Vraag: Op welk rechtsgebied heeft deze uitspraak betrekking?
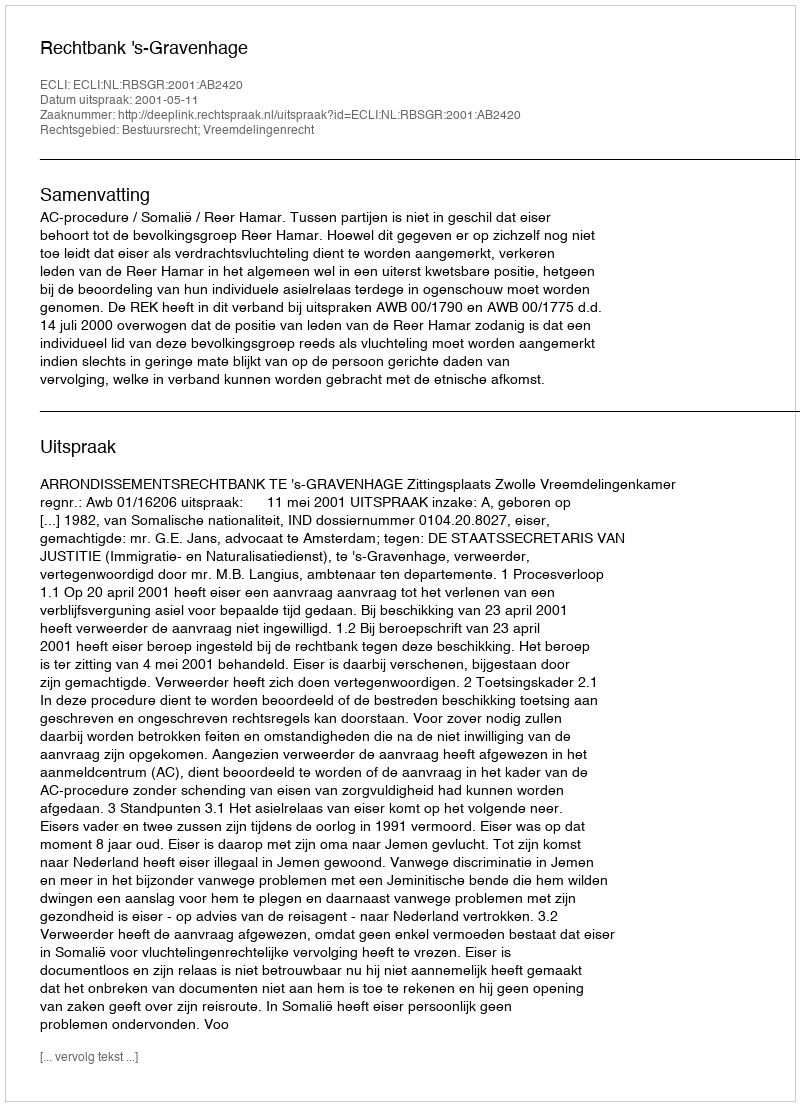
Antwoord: Bestuursrecht; Vreemdelingenrecht